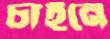
চাইনে